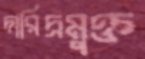
দারিদ্রমুক্ত